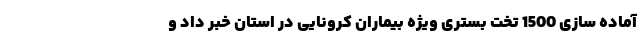
آماده سازی 1500 تخت بستری ویژه بیماران کرونایی در استان خبر داد و